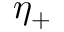
\eta _ { + }